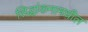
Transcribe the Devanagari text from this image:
सिद्धांकनामधील